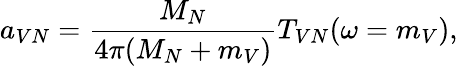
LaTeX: a_{VN}=\frac{M_{N}}{4\pi(M_{N}+m_{V})}T_{VN}(\omega=m_{V}),